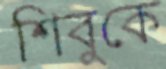
শিবুকে